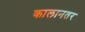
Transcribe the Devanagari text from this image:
कालानतर